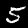
Label: 5